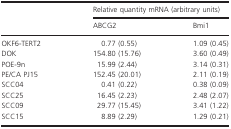
<table><thead><tr><td></td><td colspan="2"><b>Relative quantity mRNA (arbitrary units)</b></td></tr><tr><td></td><td><b>ABCG2</b></td><td><b>Bmi1</b></td></tr></thead><tbody><tr><td>OKF6-TERT2</td><td>0.77 (0.55)</td><td>1.09 (0.45)</td></tr><tr><td>DOK</td><td>154.80 (15.76)</td><td>3.60 (0.49)</td></tr><tr><td>POE-9n</td><td>15.99 (2.44)</td><td>3.14 (0.31)</td></tr><tr><td>PE/CA PJ15</td><td>152.45 (20.01)</td><td>2.11 (0.19)</td></tr><tr><td>SCC04</td><td>0.41 (0.22)</td><td>0.38 (0.09)</td></tr><tr><td>SCC25</td><td>16.45 (2.23)</td><td>2.48 (2.07)</td></tr><tr><td>SCC09</td><td>29.77 (15.45)</td><td>3.41 (1.22)</td></tr><tr><td>SCC15</td><td>8.89 (2.29)</td><td>1.29 (0.21)</td></tr></tbody></table>